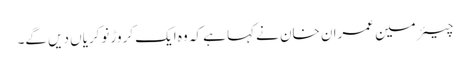
چیئرمین عمران خان نے کہا ہے کہ وہ ایک کروڑ نوکریاں دیں گے۔